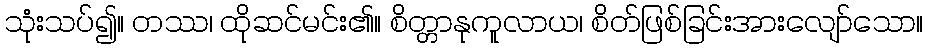
သုံးသပ်၍။ တဿ၊ ထိုဆင်မင်း၏။ စိတ္တာနုကူလာယ၊ စိတ်ဖြစ်ခြင်းအားလျော်သော။